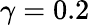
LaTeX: \gamma=0.2